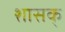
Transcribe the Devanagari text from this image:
शासक्